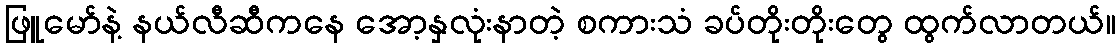
ဖြူမော်နဲ့ နယ်လီဆီကနေ အော့နှလုံးနာတဲ့ စကားသံ ခပ်တိုးတိုးတွေ ထွက်လာတယ်။